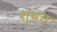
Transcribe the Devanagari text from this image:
शुभ्रच